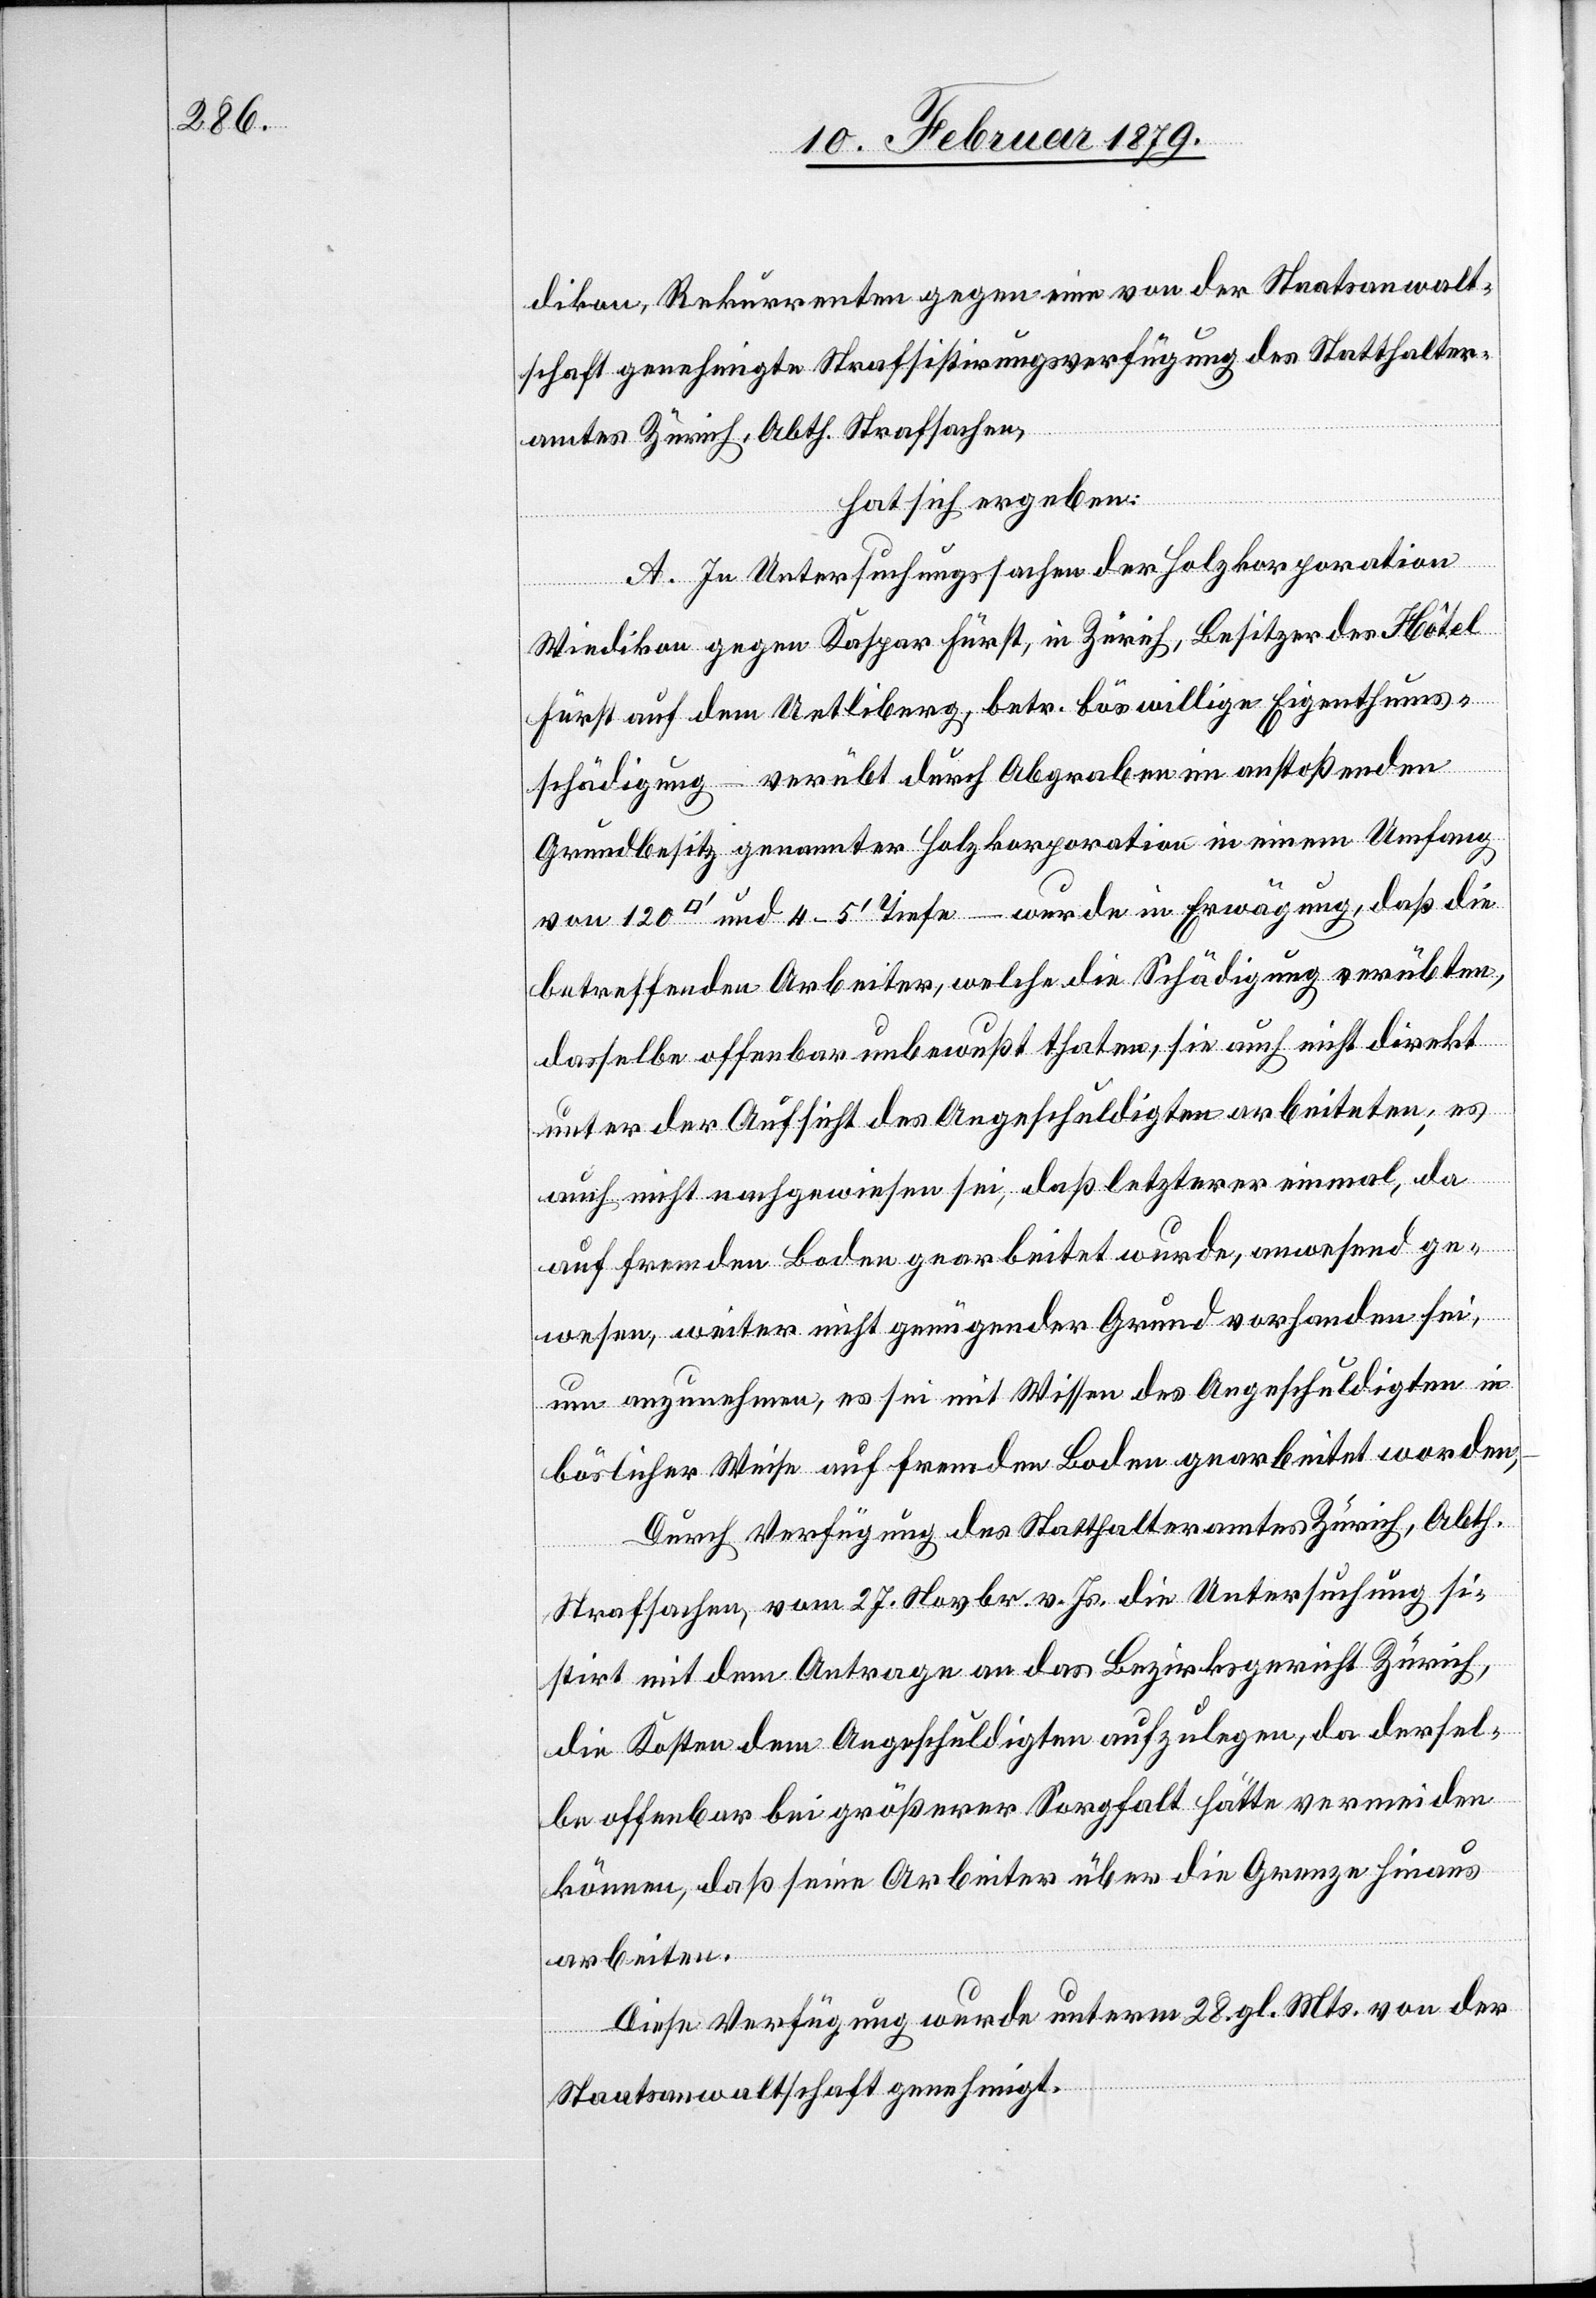
dikon, Rekurrenten gegen eine von der Staatsanwalt¬
schaft genehmigte Strafsistirungsverfügung des Statthalter¬
amtes Zürich, Abth. Strafsachen,
hat sich ergeben:
A. In Untersuchungssachen der Holzkorporation
Wiedikon gegen Kaspar Fürst, in Zürich, Besitzer des Hôtel
Fürst auf dem Uetliberg, betr. böswillige Eigenthums¬
schädigung – verübt durch Abgraben im anstoßenden
Grundbesitz genannter Holzkorporation in einem Umfang
betreffenden Arbeiter, welche die Schädigung verübten,
dasselbe offenbar unbewußt thaten, sie auch nicht direkt
unter Aufsicht des Angeschuldigten arbeiteten; es
120
auch nicht nachgewiesen sei, daß letzterer einmal, da
auf fremden [sic!] Boden gearbeitet wurde, anwesend ge¬
die
wesen, weiter nicht genügend Grund vorhanden sei,
um anzunehmen, es sei mit Wissen des Angeschuldigten in
böslicher Weise auf fremden Boden gearbeitet worden,
Durch Verfügung des Statthalteramtes Zürich, Abth.
Strafsachen, vom 27. Novbr. v. Js. die Untersuchung si¬
stirt mit dem Antrage an das Bezirksgericht Zürich,
die Kosten dem Angeschuldigten aufzulegen, da dersel¬
be offenbar bei größerer Sorgfalt hätte vermeiden
können, daß seine Arbeiter über die Grenze hinaus
arbeiten.
Diese Verfügung wurde unterm 28. gl. Mts. von der
Staatsanwaltschaft genehmigt.